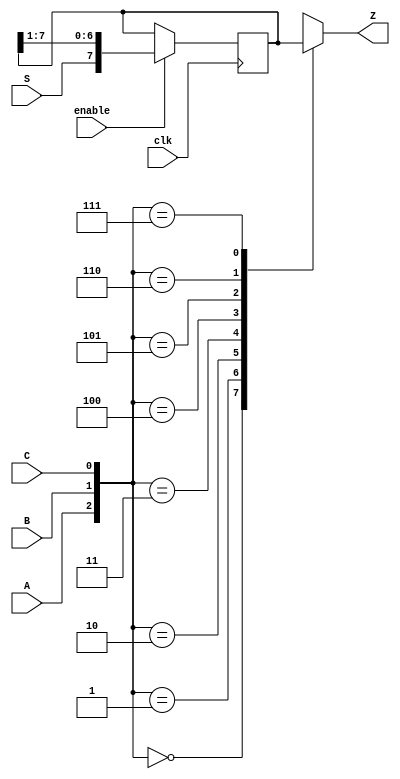
module top_module (
    input clk,
    input enable,
    input S,
    input A, B, C,
    output reg Z ); 

    reg[0:7] sr;
    always @(posedge clk) begin
        if(enable) begin
            sr <= {S, sr[0:6]}; 
        end
    end

    always @(*) begin
        case({A, B, C})
            3'd0: Z = sr[0];
            3'd1: Z = sr[1];
            3'd2: Z = sr[2];
            3'd3: Z = sr[3];
            3'd4: Z = sr[4];
            3'd5: Z = sr[5];
            3'd6: Z = sr[6];
            3'd7: Z = sr[7];
        endcase
    end

endmodule